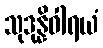
သုဒုန္နိဝါရယံ